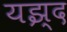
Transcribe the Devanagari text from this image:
यझ्द